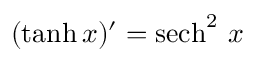
( \operatorname { t a n h } x ) ^ { \prime } = { \operatorname { s e c h } ^ { 2 } \, x }